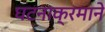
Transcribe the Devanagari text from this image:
घटनाक्रमाने